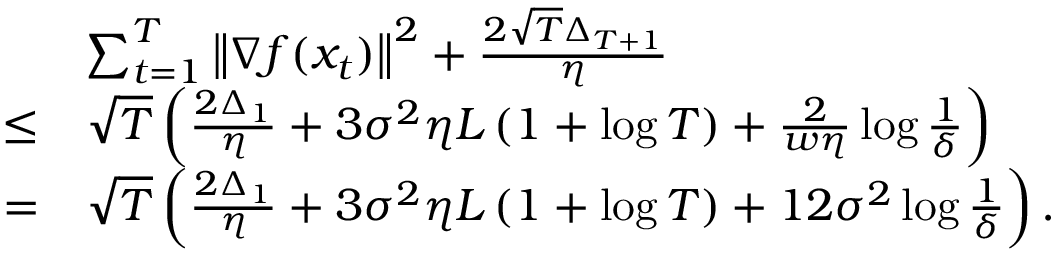
\begin{array} { r l } & { \sum _ { t = 1 } ^ { T } \left\Vert \nabla f ( x _ { t } ) \right\Vert ^ { 2 } + \frac { 2 \sqrt { T } \Delta _ { T + 1 } } { \eta } } \\ { \le } & { \sqrt { T } \left( \frac { 2 \Delta _ { 1 } } { \eta } + 3 \sigma ^ { 2 } \eta L \left( 1 + \log T \right) + \frac { 2 } { w \eta } \log \frac { 1 } { \delta } \right) } \\ { = } & { \sqrt { T } \left( \frac { 2 \Delta _ { 1 } } { \eta } + 3 \sigma ^ { 2 } \eta L \left( 1 + \log T \right) + 1 2 \sigma ^ { 2 } \log \frac { 1 } { \delta } \right) . } \end{array}